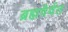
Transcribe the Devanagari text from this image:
ब्रह्मवैर्वत